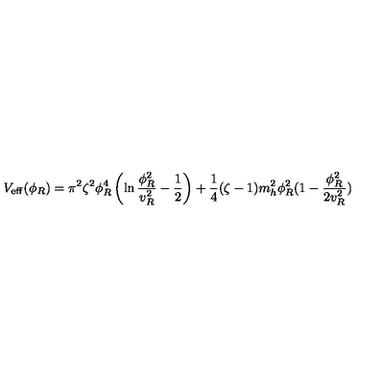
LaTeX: V _ { \mathrm { e f f } } ( \phi _ { R } ) = \pi ^ { 2 } \zeta ^ { 2 } \phi _ { R } ^ { 4 } \left( \ln { \frac { \phi _ { R } ^ { 2 } } { v _ { R } ^ { 2 } } } - { \frac { 1 } { 2 } } \right) + { \frac { 1 } { 4 } } ( \zeta - 1 ) m _ { h } ^ { 2 } \phi _ { R } ^ { 2 } ( 1 - { \frac { \phi _ { R } ^ { 2 } } { 2 v _ { R } ^ { 2 } } } )